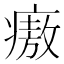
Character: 㾲